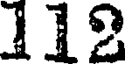
112